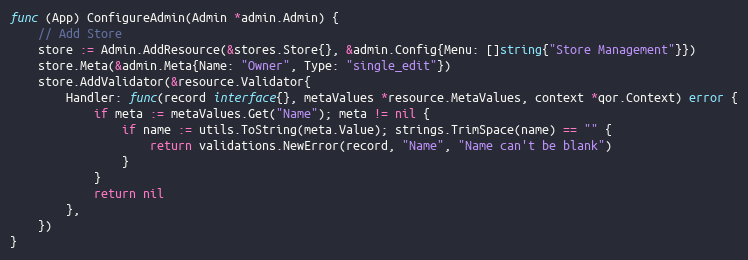
Language: Go
func (App) ConfigureAdmin(Admin *admin.Admin) {
	// Add Store
	store := Admin.AddResource(&stores.Store{}, &admin.Config{Menu: []string{"Store Management"}})
	store.Meta(&admin.Meta{Name: "Owner", Type: "single_edit"})
	store.AddValidator(&resource.Validator{
		Handler: func(record interface{}, metaValues *resource.MetaValues, context *qor.Context) error {
			if meta := metaValues.Get("Name"); meta != nil {
				if name := utils.ToString(meta.Value); strings.TrimSpace(name) == "" {
					return validations.NewError(record, "Name", "Name can't be blank")
				}
			}
			return nil
		},
	})
}